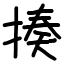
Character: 揍